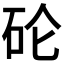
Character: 𱳯